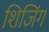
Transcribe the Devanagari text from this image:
शिजिंग